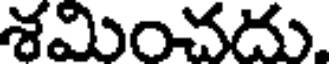
శమించదు.